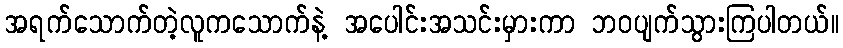
အရက်သောက်တဲ့လူကသောက်နဲ့ အပေါင်းအသင်းမှားကာ ဘဝပျက်သွားကြပါတယ်။